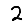
Digit: 2